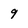
Character: 9